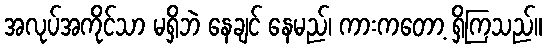
အလုပ်အကိုင်သာ မရှိဘဲ နေချင် နေမည်၊ ကားကတော့ ရှိကြသည်။